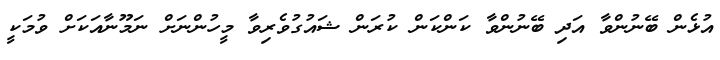
އުޅެން ބޭނުންވާ އަދި ބޭނުންވާ ކަންކަން ކުރަން ޝައުގުވެރިވާ މީހުންނަށް ނަމޫނާއަކަށް ވުމަކީ